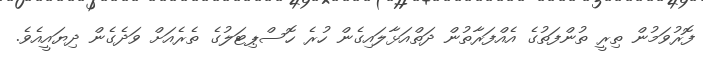
ފޮރުވަމުން ތިރީ ތުންފަތުގެ އެއްފަރާތުން ދަތްއަޅާލައިގެން ހުރެ ހޮސްޕިޓަލުގެ ތެރެއަށް ވަދެގެން ދިޔައީއެވެ.